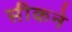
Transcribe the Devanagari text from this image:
सीकने